Lunatic asylums Madras 1877-1891 - 1877-1891
Year: 1877
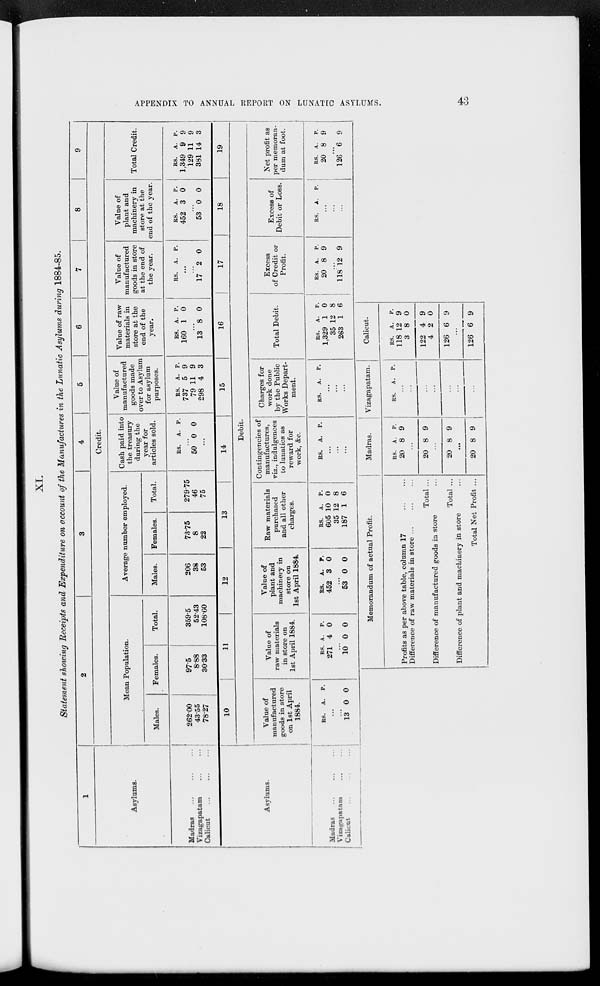
APPENDIX TO ANNUAL REPORT ON LUNATIC ASYLUMS.
43
XI.
Statement showing Receipts and Expenditure on account of the Manufactures in the Lunatic Asylums during 1884-85.
1
Asylums.
Madras ... ... ...
Vizagapatam ... ...
Calicut ... ... ...
Asylums.
Madras
...
...
..
Vizagapatam ... ...
Calicut ... ... ...
2
3
4 5
6
7
8
9
Credit.
Mean Population.
Males.
262.00
43.55
78.27
Females.
97.5
8.88
30.33
10
Total.
359.5
52.43
108.60
11
Average number employed.
Males.
206
38
53
12
Females.
73.75
8
22
Total.
279.75
46
75
13
Cash paid into
the treasury
during the
year for
articles sold.
RS. A.
P.
...
50 0 0
...
14
Debit.
Value of
manufactured
goods in store
on 1st April
1884.
RS. A. P.
...
...
13 0 0
Value of
raw materials
in store on
1st April 1884.
RS.
271
A.
4
P.
0
...
10 0 0
Value of
plant and
machinery in
store on
1st April 1884.
RS.
452
A.
3
P.
0
...
53 0 0
Raw materials
purchased
and all other
charges.
RS.
605
35
187
A.
10
12
1
P.
0
8
6
Contingencies of
manufactures,
viz., indulgences
to lunatics as
reward for
work, &c.
RS. A. P.
...
...
...
Value of
manufactured
goods made
over to Asylum
for asylum
purposes.
RS.
737
79
298
A.
5
11
4
P.
9
9
3
15
Value of raw
materials in
store at the
end of the
year.
RS.
160
A.
1
P.
0
...
13 8 0
16
Value of
manufactured
goods in store
at the end of
the year.
RS. A. P.
...
...
17 2 0
17
Value of
plant and
machinery in
store at the
end of the year.
RS.
452
A.
3
P.
0
...
53 0 0
18
Total Credit.
RS.
1,349
129
381
A.
9
11
14
P.
9
9
3
19
Charges for
work done
by the Public
Works Depart-
ment.
RS. A. P.
...
...
...
Total Debit.
RS.
1,329
35
263
A.
1
12
1
P.
0
8
6
Excess
of Credit or
Profit.
RS.
20
A.
8
P.
9
...
118 12 9
Excess of
Debit or Loss.
RS. A. P.
...
...
...
Net profit as
per memoran-
dum at foot.
RS.
20
A.
8
P.
9
...
126 6 9
Memorandum of actual Profit.
Profits as per above table, column 17
...
...
Difference of raw materials in store ...
Total ...
Difference of manufactured goods in store ...
Total ...
Difference of plant and machinery in store ...
Total Net Profit ...
Madras.
RS.
20
A.
8
P.
9
...
20 8 9
...
20 8 9
...
20 8 9
Vizagapatam.
RS. A. P.
...
...
...
...
...
...
...
Calicut.
RS.
118
3
122
4
126
A.
12
8
4
2
6
P.
9
0
9
0
9
...
126 6 9